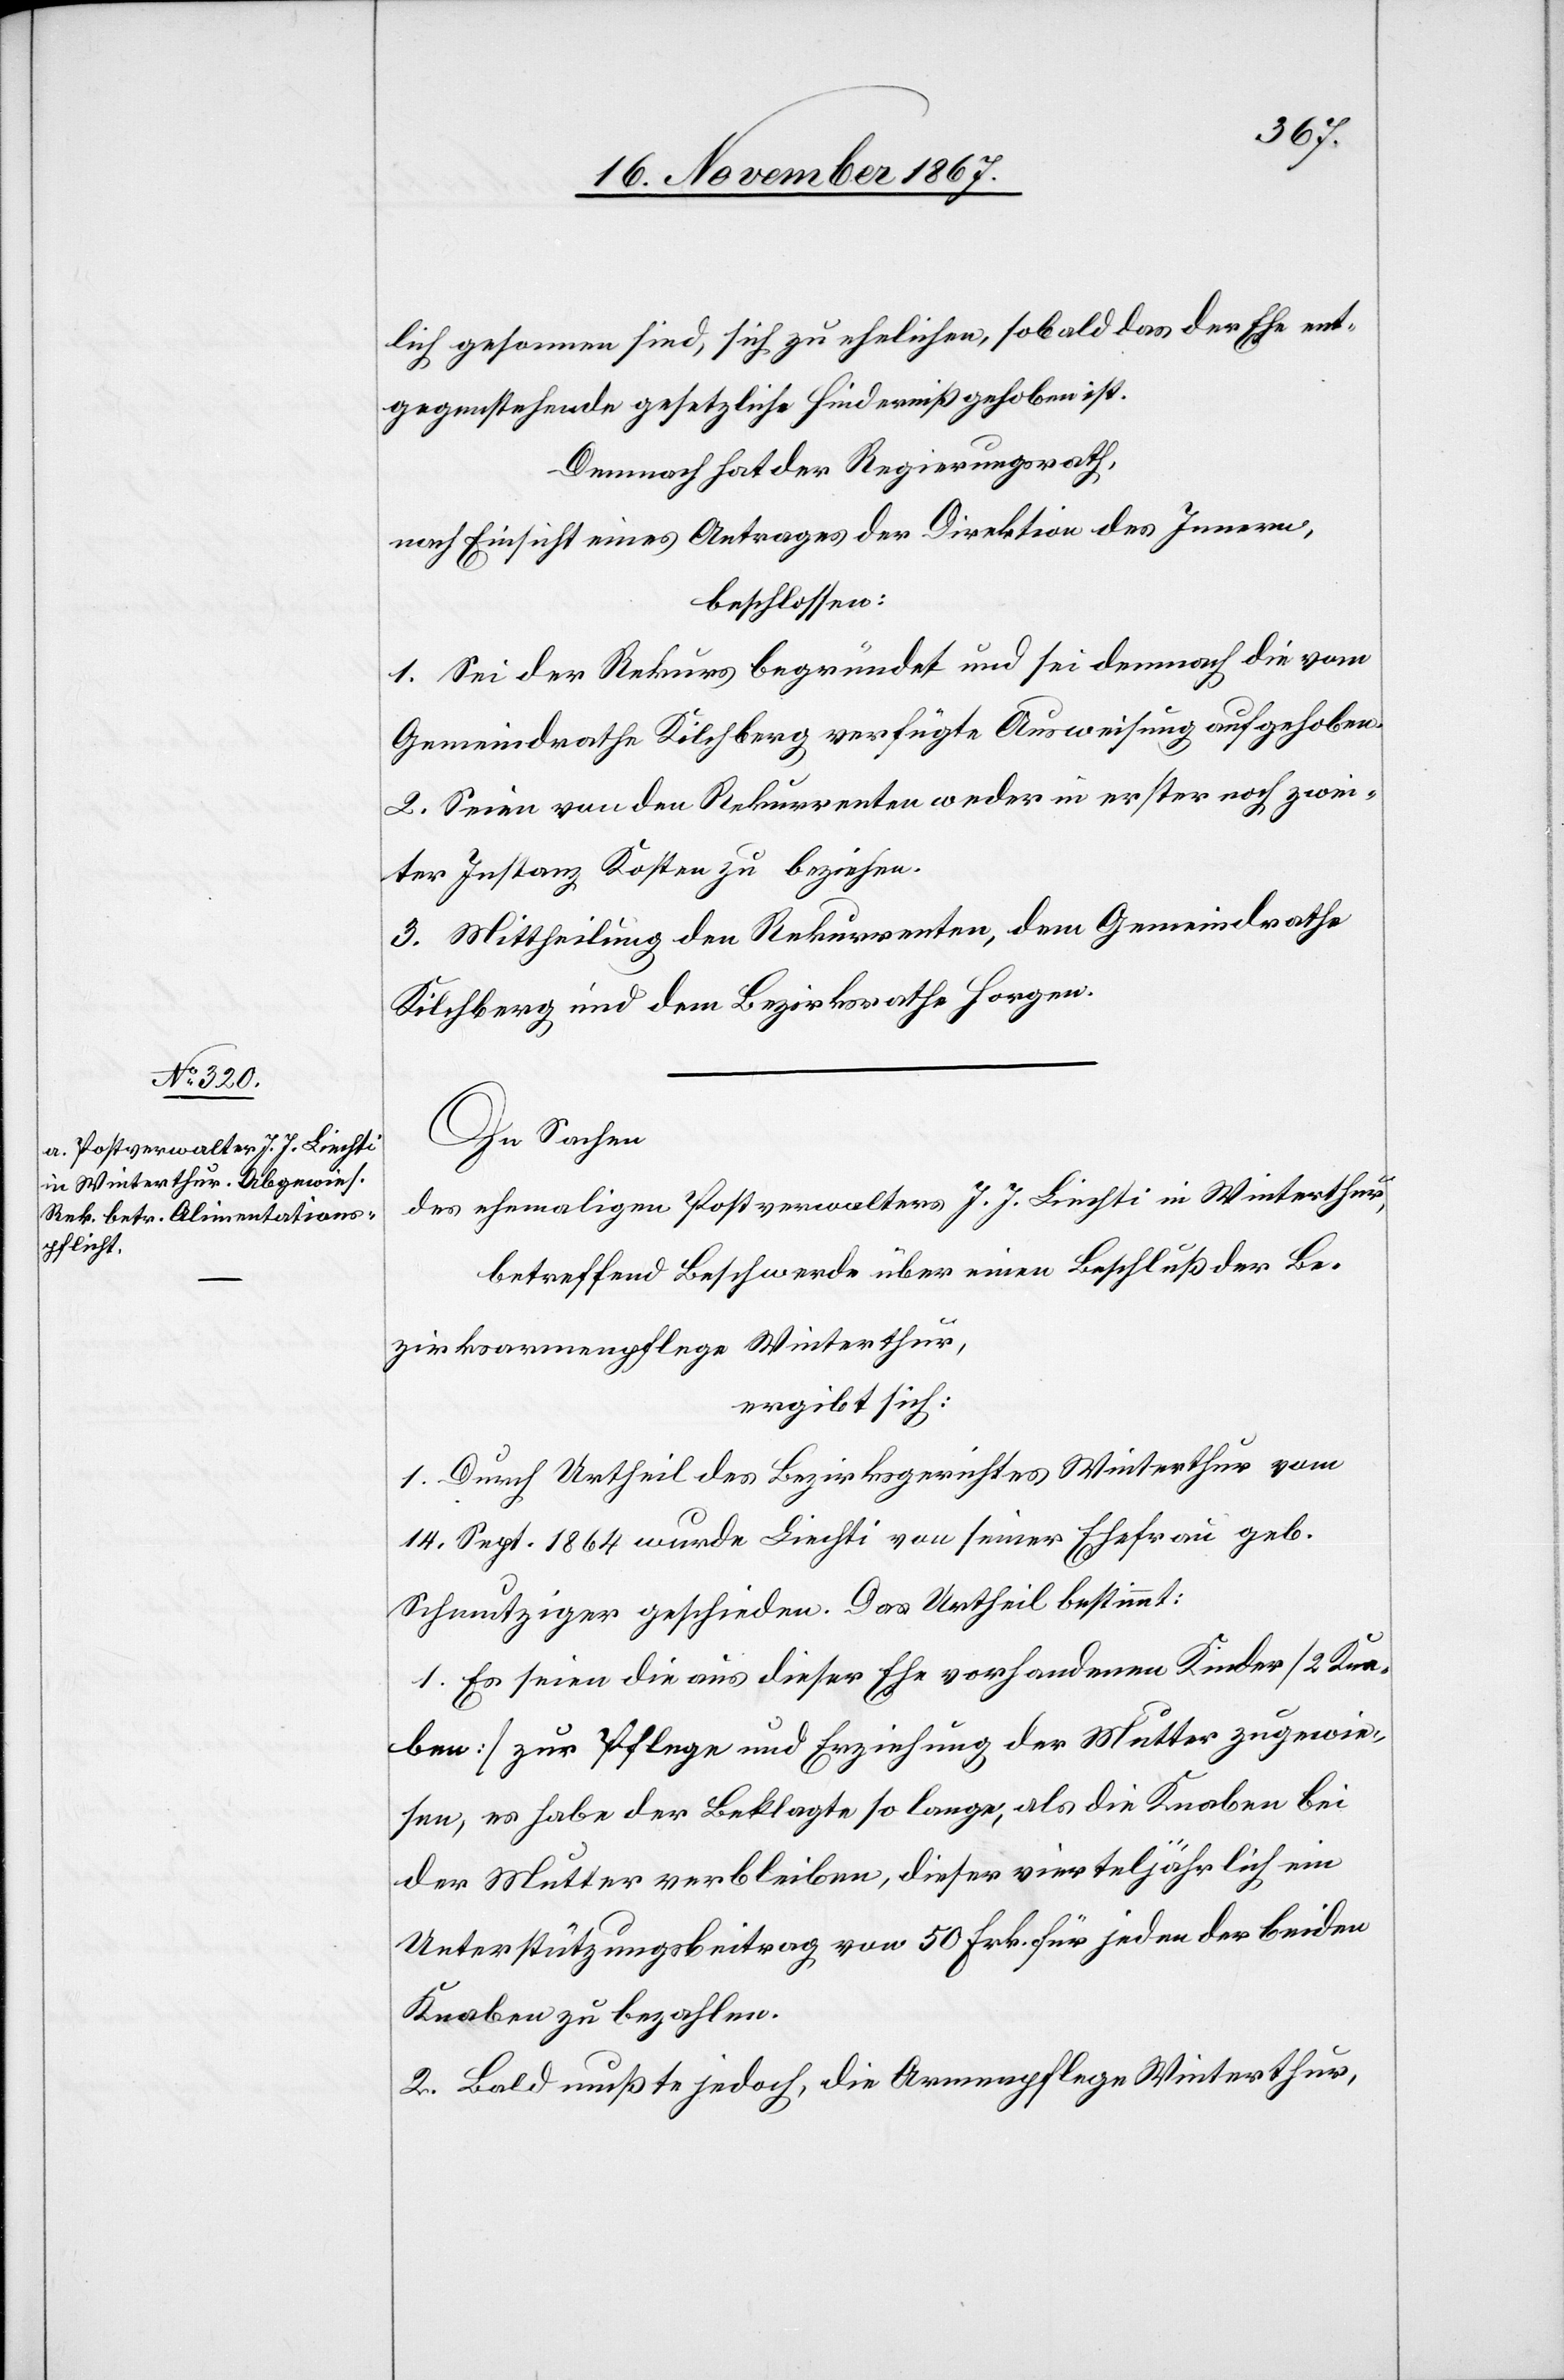
lich gesonnen sind, sich zu ehelichen, sobald das der Ehe ent¬
gegenstehende gesetzliche Hinderniß gehoben ist.
Demnach hat der Regierungsrath,
nach Einsicht eines Antrages der Direktion des Innern,
beschlossen:
1. Sei der Rekurs begründet und sei demnach die vom
Gemeindrathe Kilchberg verfügte Ausweisung aufgehoben.
2. Seien von den Rekurrenten weder in erster noch zwei¬
ter Instanz Kosten zu beziehen.
3. Mittheilung den Rekurrenten, dem Gemeindrathe
Kilchberg und dem Bezirksrathe Horgen.
In Sachen
des ehemaligen Postverwalters J. J. Liechti in Winterthur,
betreffend Beschwerde über einen Beschluß der Be¬
zirksarmenpflege Winterthur,
ergibt sich:
1. Durch Urtheil des Bezirksgerichtes Winterthur vom
14. Sept. 1864 wurde Liechti von seiner Ehefrau geb.
Schmutziger geschieden. Das Urtheil bestimmt:
[„]1. Es seien die aus dieser Ehe vorhandenen Kinder [2 Kna¬
ben] zur Pflege und Erziehung der Mutter zugewie¬
sen, es habe der Beklagte so lange, als die Knaben bei
der Mutter verbleiben, dieser vierteljährlich ein
Unterstützungsbeitrag von 50 Frk. für jeden der beiden
Knaben zu bezahlen.[“]
2. Bald mußte jedoch, die Armenpflege Winterthur,